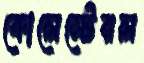
কোলেস্টেরল